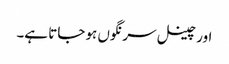
اور چینل سرنگوں ہو جاتا ہے۔